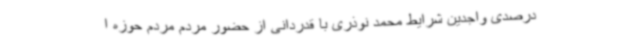
درصدی واجدین شرایط محمد نوذری با قدردانی از حضور مردم مردم حوزه ا